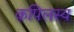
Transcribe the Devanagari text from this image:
कपिलस्य